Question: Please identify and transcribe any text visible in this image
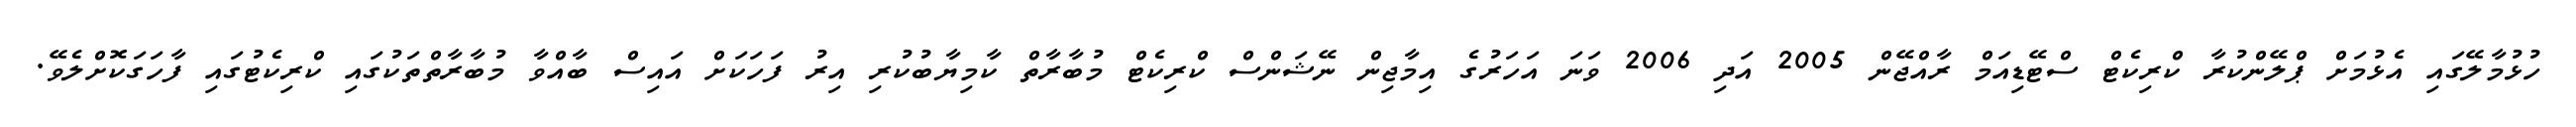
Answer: ހުޅުމާލޭގައި އެޅުމަށް ޕްލޭންކުރާ ކްރިކެޓް ސްޓޭޑިއަމް ރާއްޖޭން 2005 އަދި 2006 ވަނަ އަހަރުގެ އިމާޖިން ނޭޝަންސް ކްރިކެޓް މުބާރާތް ކާމިޔާބުކުރި އިރު ފަހަކަށް އައިސް ބާއްވާ މުބާރާތްތަކުގައި ކްރިކެޓުގައި ފާހަގަކޮށްލެވޭ.